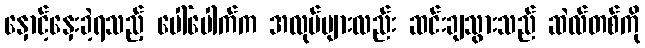
နှောင့်နှေးခဲ့ရသည့် ပေါ်ပေါက်က အလုပ်များလည်း ဆင်းချသွားသည် ဆဲလ်တစ်ကို